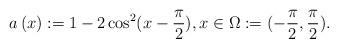
LaTeX: \begin{align*}a\left( x\right) :=1-2\cos^{2}(x-\frac{\pi}{2}),x\in\Omega:=(-\frac{\pi}{2},\frac{\pi}{2}).\end{align*}